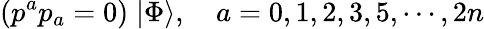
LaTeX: (p^{a}p_{a}=0)\; |\Phi\rangle,\quad a=0,1,2,3,5,\cdots,2n